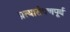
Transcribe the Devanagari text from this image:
प्रत्यारोपणपूर्व